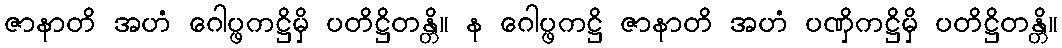
ဇာနာတိ အဟံ ဂေါပ္ဖကဋ္ဌိမှိ ပတိဋ္ဌိတန္တိ။ န ဂေါပ္ဖကဋ္ဌိ ဇာနာတိ အဟံ ပဏှိကဋ္ဌိမှိ ပတိဋ္ဌိတန္တိ။